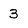
Character: 3